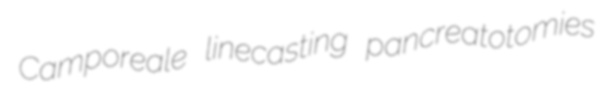
Camporeale linecasting pancreatotomies